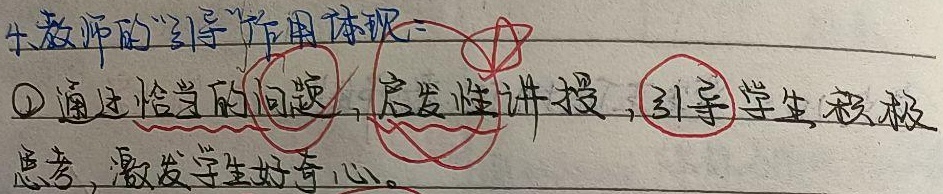
4. 教师的“引导”作用体现：
\textcircled{1} 通过恰当的问题，启发性讲授，引导学生积极思考，激发学生好奇心。